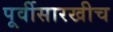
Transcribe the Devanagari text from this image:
पूर्वीसारखीच